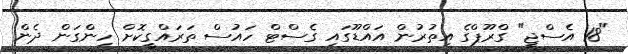
"18 އެސްޖީ" ގްރޫޕްގެ އިތުރުން އައްޑޫގައި ގެސްޓް ހައުސް ތަރައްގީކޮށް ހިންގަން ދެން